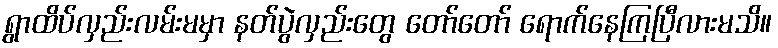
ရွာထိပ်လှည်းလမ်းမမှာ နတ်ပွဲလှည်းတွေ တော်တော် ရောက်နေကြပြီလားမသိ။